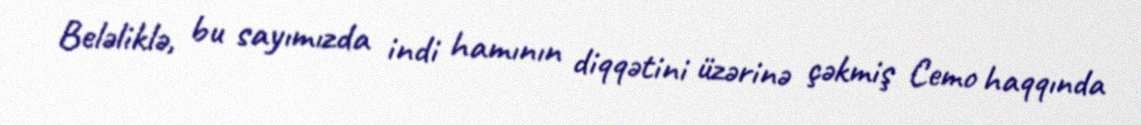
Beləliklə, bu sayımızda indi hamının diqqətini üzərinə çəkmiş Cemo haqqında